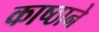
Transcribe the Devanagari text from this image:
काष्ठाने